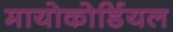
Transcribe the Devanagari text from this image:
मायोकोर्डियल